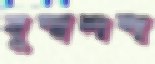
যুগ্মশব্দ